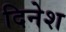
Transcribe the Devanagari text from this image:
दिनेश